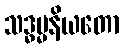
သဒ္ဓမ္မနိယတော